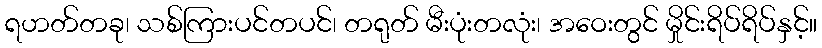
ရဟတ်တခု၊ သစ်ကြားပင်တပင်၊ တရုတ် မီးပုံးတလုံး၊ အဝေးတွင် မှိုင်းရိပ်ရိပ်နှင့်။